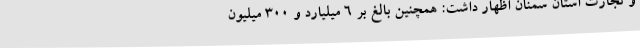
و تجارت استان سمنان اظهار داشت: همچنین بالغ بر 6 میلیارد و 300 میلیون